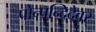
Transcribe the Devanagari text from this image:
पोन्पन्दिदेवर्